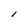
Character: l